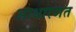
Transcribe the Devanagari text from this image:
आधारणत